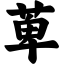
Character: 萆